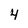
Character: 4